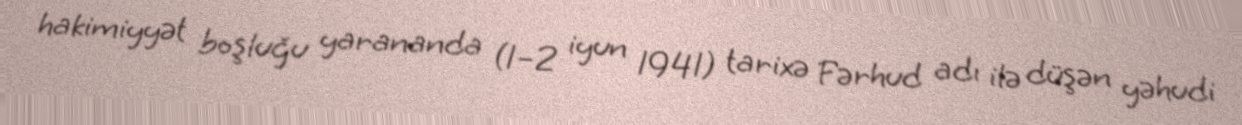
hakimiyyət boşluğu yarananda (1–2 iyun 1941) tarixə Fərhud adı ilə düşən yəhudi